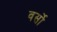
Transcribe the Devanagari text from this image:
वर्सो